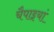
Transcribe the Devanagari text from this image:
चैपाइयां